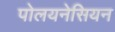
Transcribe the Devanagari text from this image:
पोलयनेसियन